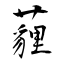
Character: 薶